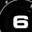
Digit: 6